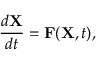
\frac { d \mathbf { X } } { d t } = \mathbf { F } ( \mathbf { X } , t ) ,